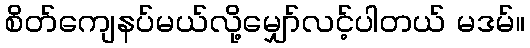
စိတ်ကျေနပ်မယ်လို့မျှော်လင့်ပါတယ် မဒမ်။